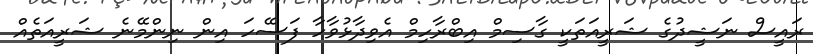
ރައީސް ނަޝީދުގެ ޝަރީއަތަކީ ގާސިމް އިބްރާހިމް އެވިދާޅުވާހާ ފަސޭހަ އިން ނިންމޭނެ ޝަރީއަތެއް